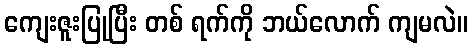
ကျေးဇူးပြုပြီး တစ် ရက်ကို ဘယ်လောက် ကျမလဲ။